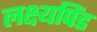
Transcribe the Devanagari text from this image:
लक्ष्यपिंड